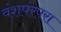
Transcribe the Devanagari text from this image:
वंशपंरपरा